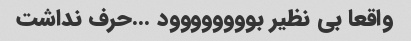
واقعا بی نظیر بوووووووود …حرف نداشت